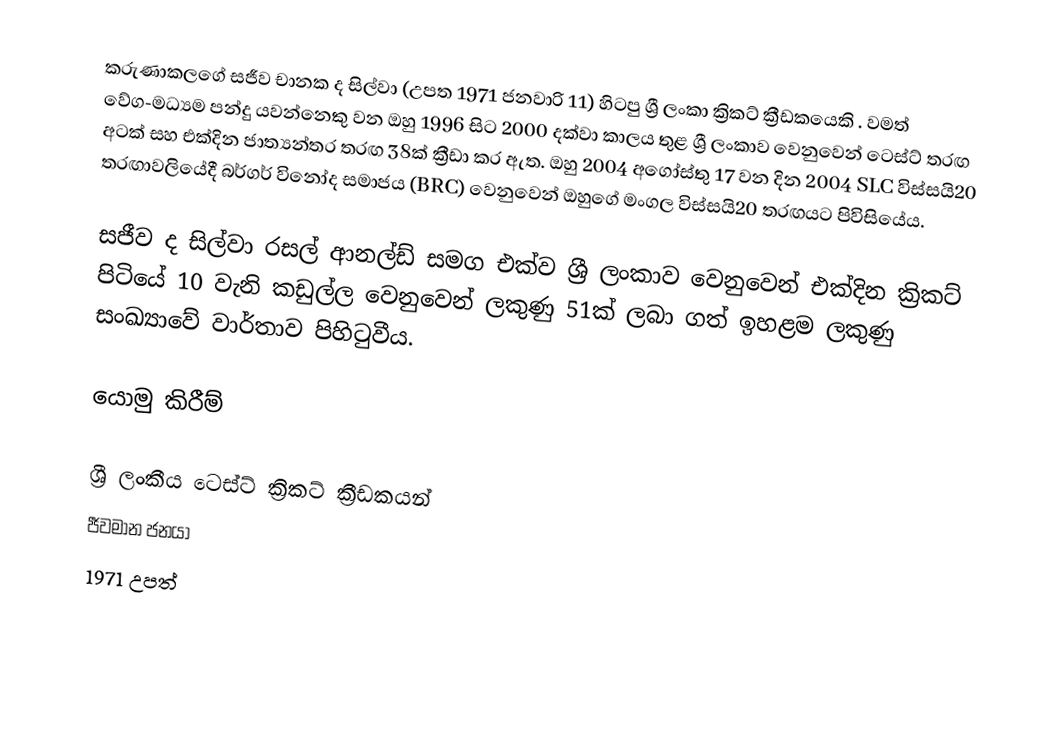
කරුණාකලගේ සජීව චානක ද සිල්වා (උපත 1971 ජනවාරි 11) හිටපු ශ්‍රී ලංකා ක්‍රිකට් ක්‍රීඩකයෙකි . වමත් වේග-මධ්‍යම පන්දු යවන්නෙකු වන ඔහු 1996 සිට 2000 දක්වා කාලය තුළ ශ්‍රී ලංකාව වෙනුවෙන් ටෙස්ට් තරඟ අටක් සහ එක්දින ජාත්‍යන්තර තරඟ 38ක් ක්‍රීඩා කර ඇත. ඔහු 2004 අගෝස්තු 17 වන දින 2004 SLC විස්සයි20 තරඟාවලියේදී බර්ගර් විනෝද සමාජය (BRC) වෙනුවෙන් ඔහුගේ මංගල විස්සයි20 තරඟයට පිවිසියේය.

සජීව ද සිල්වා රසල් ආනල්ඩ් සමග එක්ව ශ්‍රී ලංකාව වෙනුවෙන් එක්දින ක්‍රිකට් පිටියේ 10 වැනි කඩුල්ල වෙනුවෙන් ලකුණු 51ක් ලබා ගත් ඉහළම ලකුණු සංඛ්‍යාවේ වාර්තාව පිහිටුවීය.

යොමු කිරීම්

ශ්‍රී ලංකීය ටෙස්ට් ක්‍රිකට් ක්‍රීඩකයන්
ජීවමාන ජනයා
1971 උපත්